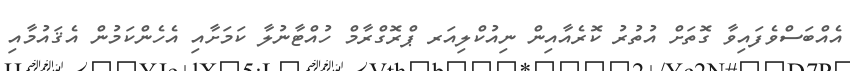
އެއްބަސްވެފައިވާ ގޮތަށް އުތުރު ކޮރެއާއިން ނިއުކްލިއަރ ޕްރޮގްރާމް ހުއްޓާނުލާ ކަމަށާއި އެހެންކަމުން އެޤައުމާއި